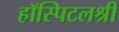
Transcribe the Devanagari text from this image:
हॉस्पिटलश्री